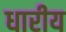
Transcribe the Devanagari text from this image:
धारीय